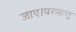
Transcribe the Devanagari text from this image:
जाए।परमाणु